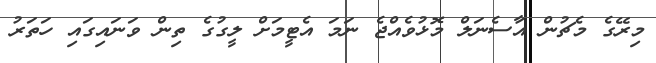
މިރޭގެ މެޗުން އާސެނަލް މޮޅުވެއްޖެ ނަމަ އެޓީމަށް ލީގުގެ ތިން ވަނައިގައި ހަތަރު